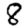
Digit: 8